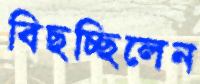
বিছচ্ছিলেন